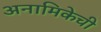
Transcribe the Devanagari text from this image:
अनामिकेची